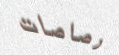
رصاصات